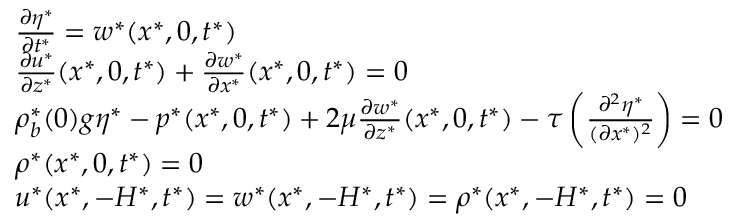
\begin{array} { r l } & { \frac { \partial \eta ^ { * } } { \partial t ^ { * } } = w ^ { * } ( x ^ { * } , 0 , t ^ { * } ) } \\ & { \frac { \partial u ^ { * } } { \partial z ^ { * } } ( x ^ { * } , 0 , t ^ { * } ) + \frac { \partial w ^ { * } } { \partial x ^ { * } } ( x ^ { * } , 0 , t ^ { * } ) = 0 } \\ & { \rho _ { b } ^ { * } ( 0 ) g \eta ^ { * } - p ^ { * } ( x ^ { * } , 0 , t ^ { * } ) + 2 \mu \frac { \partial w ^ { * } } { \partial z ^ { * } } ( x ^ { * } , 0 , t ^ { * } ) - \tau \left( \frac { \partial ^ { 2 } \eta ^ { * } } { ( \partial x ^ { * } ) ^ { 2 } } \right) = 0 } \\ & { \rho ^ { * } ( x ^ { * } , 0 , t ^ { * } ) = 0 } \\ & { u ^ { * } ( x ^ { * } , - H ^ { * } , t ^ { * } ) = w ^ { * } ( x ^ { * } , - H ^ { * } , t ^ { * } ) = \rho ^ { * } ( x ^ { * } , - H ^ { * } , t ^ { * } ) = 0 } \end{array}